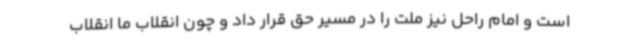
است و امام راحل نیز ملت را در مسیر حق قرار داد و چون انقلاب ما انقلاب